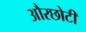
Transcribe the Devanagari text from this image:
औरछोटी